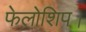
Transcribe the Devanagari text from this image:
फेलोशिप।